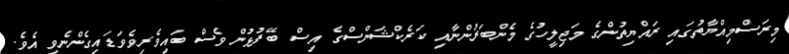
މިރަސްމިއްޔާތުގައި ރައްޔިތުންގެ މަޖިލީހުގެ މެންބަރުންނާއި ކަރެކްޝަންސްގެ އިސް ބޭފުޅުން ވެސް ބައިވެރިވެވަޑައިގެންނެވި އެވެ.